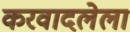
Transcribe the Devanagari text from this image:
करवादलेला